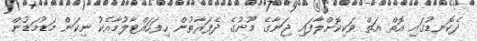
ދެކޮނޑުގައި އޮތް އަތް ވަކިކޮށްލާފައި ޖަނާގެ މޫނުގެ ދެފަރާތުން ހިފަހައްޓާލުމާއެކު ނިކަން މަޑުމަޑުން